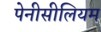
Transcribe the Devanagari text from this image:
पेनीसीलियम